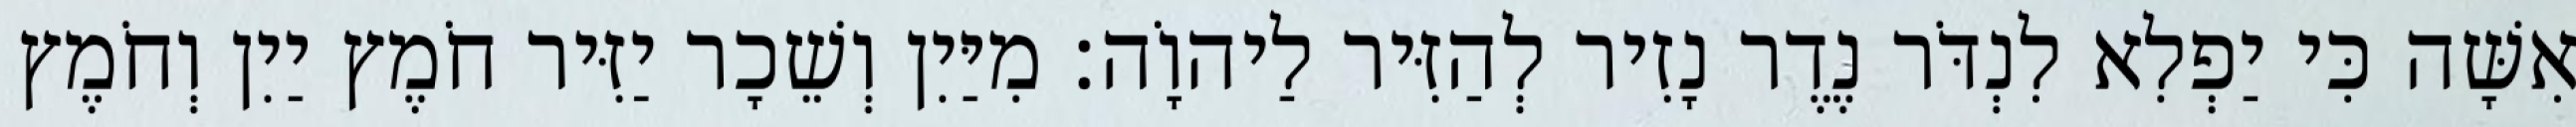
אִשָּׁה כִּי יַפְלִא לִנְדֹּר נֶדֶר נָזִיר לְהַזִּיר לַיהוָֹה׃ מִיַּיִן וְשֵׁכָר יַזִּיר חֹמֶץ יַיִן וְחֹמֶץ